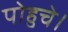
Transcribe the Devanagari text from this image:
पोहुचे।